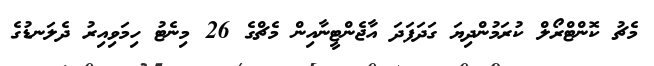
މެޗު ކޮންޓްރޯލް ކުރަމުންދިޔަ ގަދަފަދަ އާޖެންޓީނާއިން މެޗްގެ 26 މިނެޓު ހިމަވިއިރު ދެލަނޑުގެ